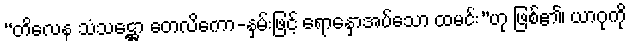
“တိလေန သံသဋ္ဌော တေလိကော-နှမ်းဖြင့် ရောနှောအပ်သော ထမင်း”ဟု ဖြစ်၏၊ ယာဂုကို